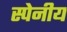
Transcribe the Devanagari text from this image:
स्पेनीय